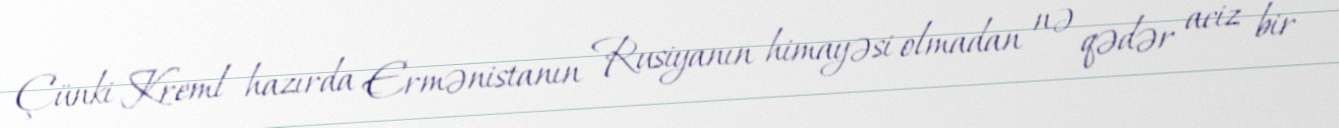
Çünki Kreml hazırda Ermənistanın Rusiyanın himayəsi olmadan nə qədər aciz bir